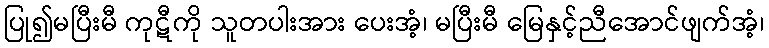
ပြု၍မပြီးမီ ကုဋီကို သူတပါးအား ပေးအံ့၊ မပြီးမီ မြေနှင့်ညီအောင်ဖျက်အံ့၊